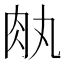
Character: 𦘾